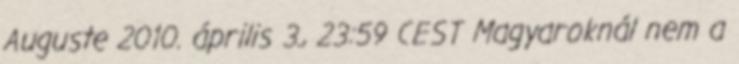
Auguste 2010. április 3., 23:59 CEST Magyaroknál nem a